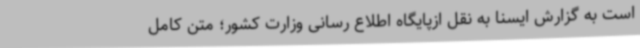
است به گزارش ایسنا به نقل ازپایگاه اطلاع رسانی وزارت کشور؛ متن کامل